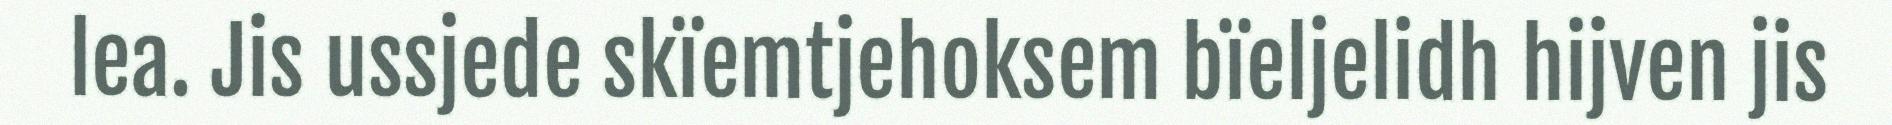
lea. Jis ussjede skïemtjehoksem bïeljelidh hijven jis